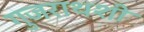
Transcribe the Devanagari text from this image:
गुजराथशी